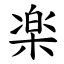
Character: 楽